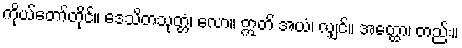
ကိုယ်တော်တိုင်။ ဒေသိတသုတ္တံ၊ လော။ ဣတိ အယံ၊ လျှင်။ အတ္ထော၊ တည်း။